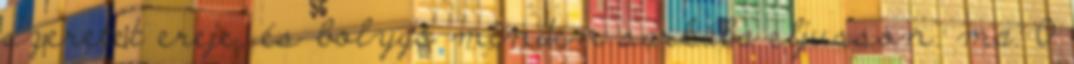
szeretet ereje, és bolygó minden sarkába eljusson. ma: 0